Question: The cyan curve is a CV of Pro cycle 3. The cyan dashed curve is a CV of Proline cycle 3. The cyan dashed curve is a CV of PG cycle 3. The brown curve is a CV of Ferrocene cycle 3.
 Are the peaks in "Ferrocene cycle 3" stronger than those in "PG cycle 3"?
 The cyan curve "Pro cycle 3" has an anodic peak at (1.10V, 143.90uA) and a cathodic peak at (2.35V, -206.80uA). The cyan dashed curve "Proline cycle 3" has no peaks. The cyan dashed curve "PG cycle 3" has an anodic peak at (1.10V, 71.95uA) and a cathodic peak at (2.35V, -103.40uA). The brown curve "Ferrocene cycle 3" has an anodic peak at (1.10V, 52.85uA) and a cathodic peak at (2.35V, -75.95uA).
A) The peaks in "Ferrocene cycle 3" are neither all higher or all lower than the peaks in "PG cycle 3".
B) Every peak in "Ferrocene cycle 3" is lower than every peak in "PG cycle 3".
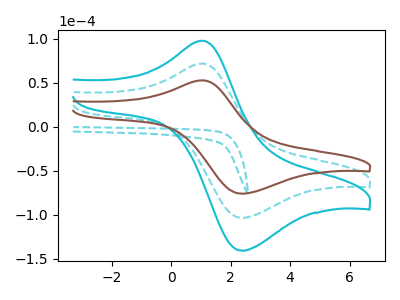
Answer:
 <answer>B) Every peak in "Ferrocene cycle 3" is lower than every peak in "PG cycle 3".</answer>
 <eval>B</eval>